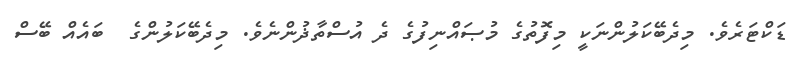
ޑަކްޓަރެވެ. މިދެބޭކަލުންނަކީ މިފޮތުގެ މުޞައްނިފުގެ ދެ އުސްތާޛުންނެވެ. މިދެބޭކަލުންގެ  ބައެއް ބޭސް